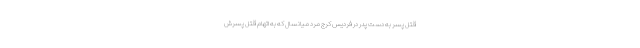
قتل پسر به دست پدر در فردیس کرج مرد میانسال که به اتهام قتل پسرش